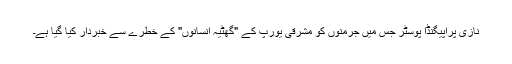
نازی پراپیگنڈا پوسٹر جس میں جرمنوں کو مشرقی یورپ کے "گھٹیہ انسانوں" کے خطرے سے خبردار کیا گیا ہے۔